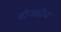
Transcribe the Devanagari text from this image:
वोज्कीच